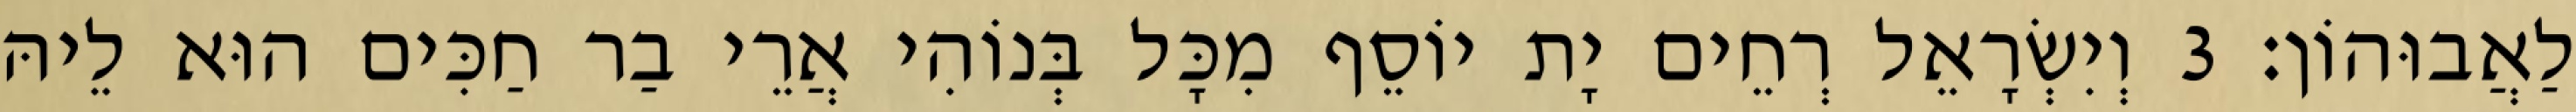
לַאֲבוּהוֹן׃ 3 וְיִשְׂרָאֵל רְחֵים יָת יוֹסֵף מִכָּל בְּנוֹהִי אֲרֵי בַר חַכִּים הוּא לֵיהּ